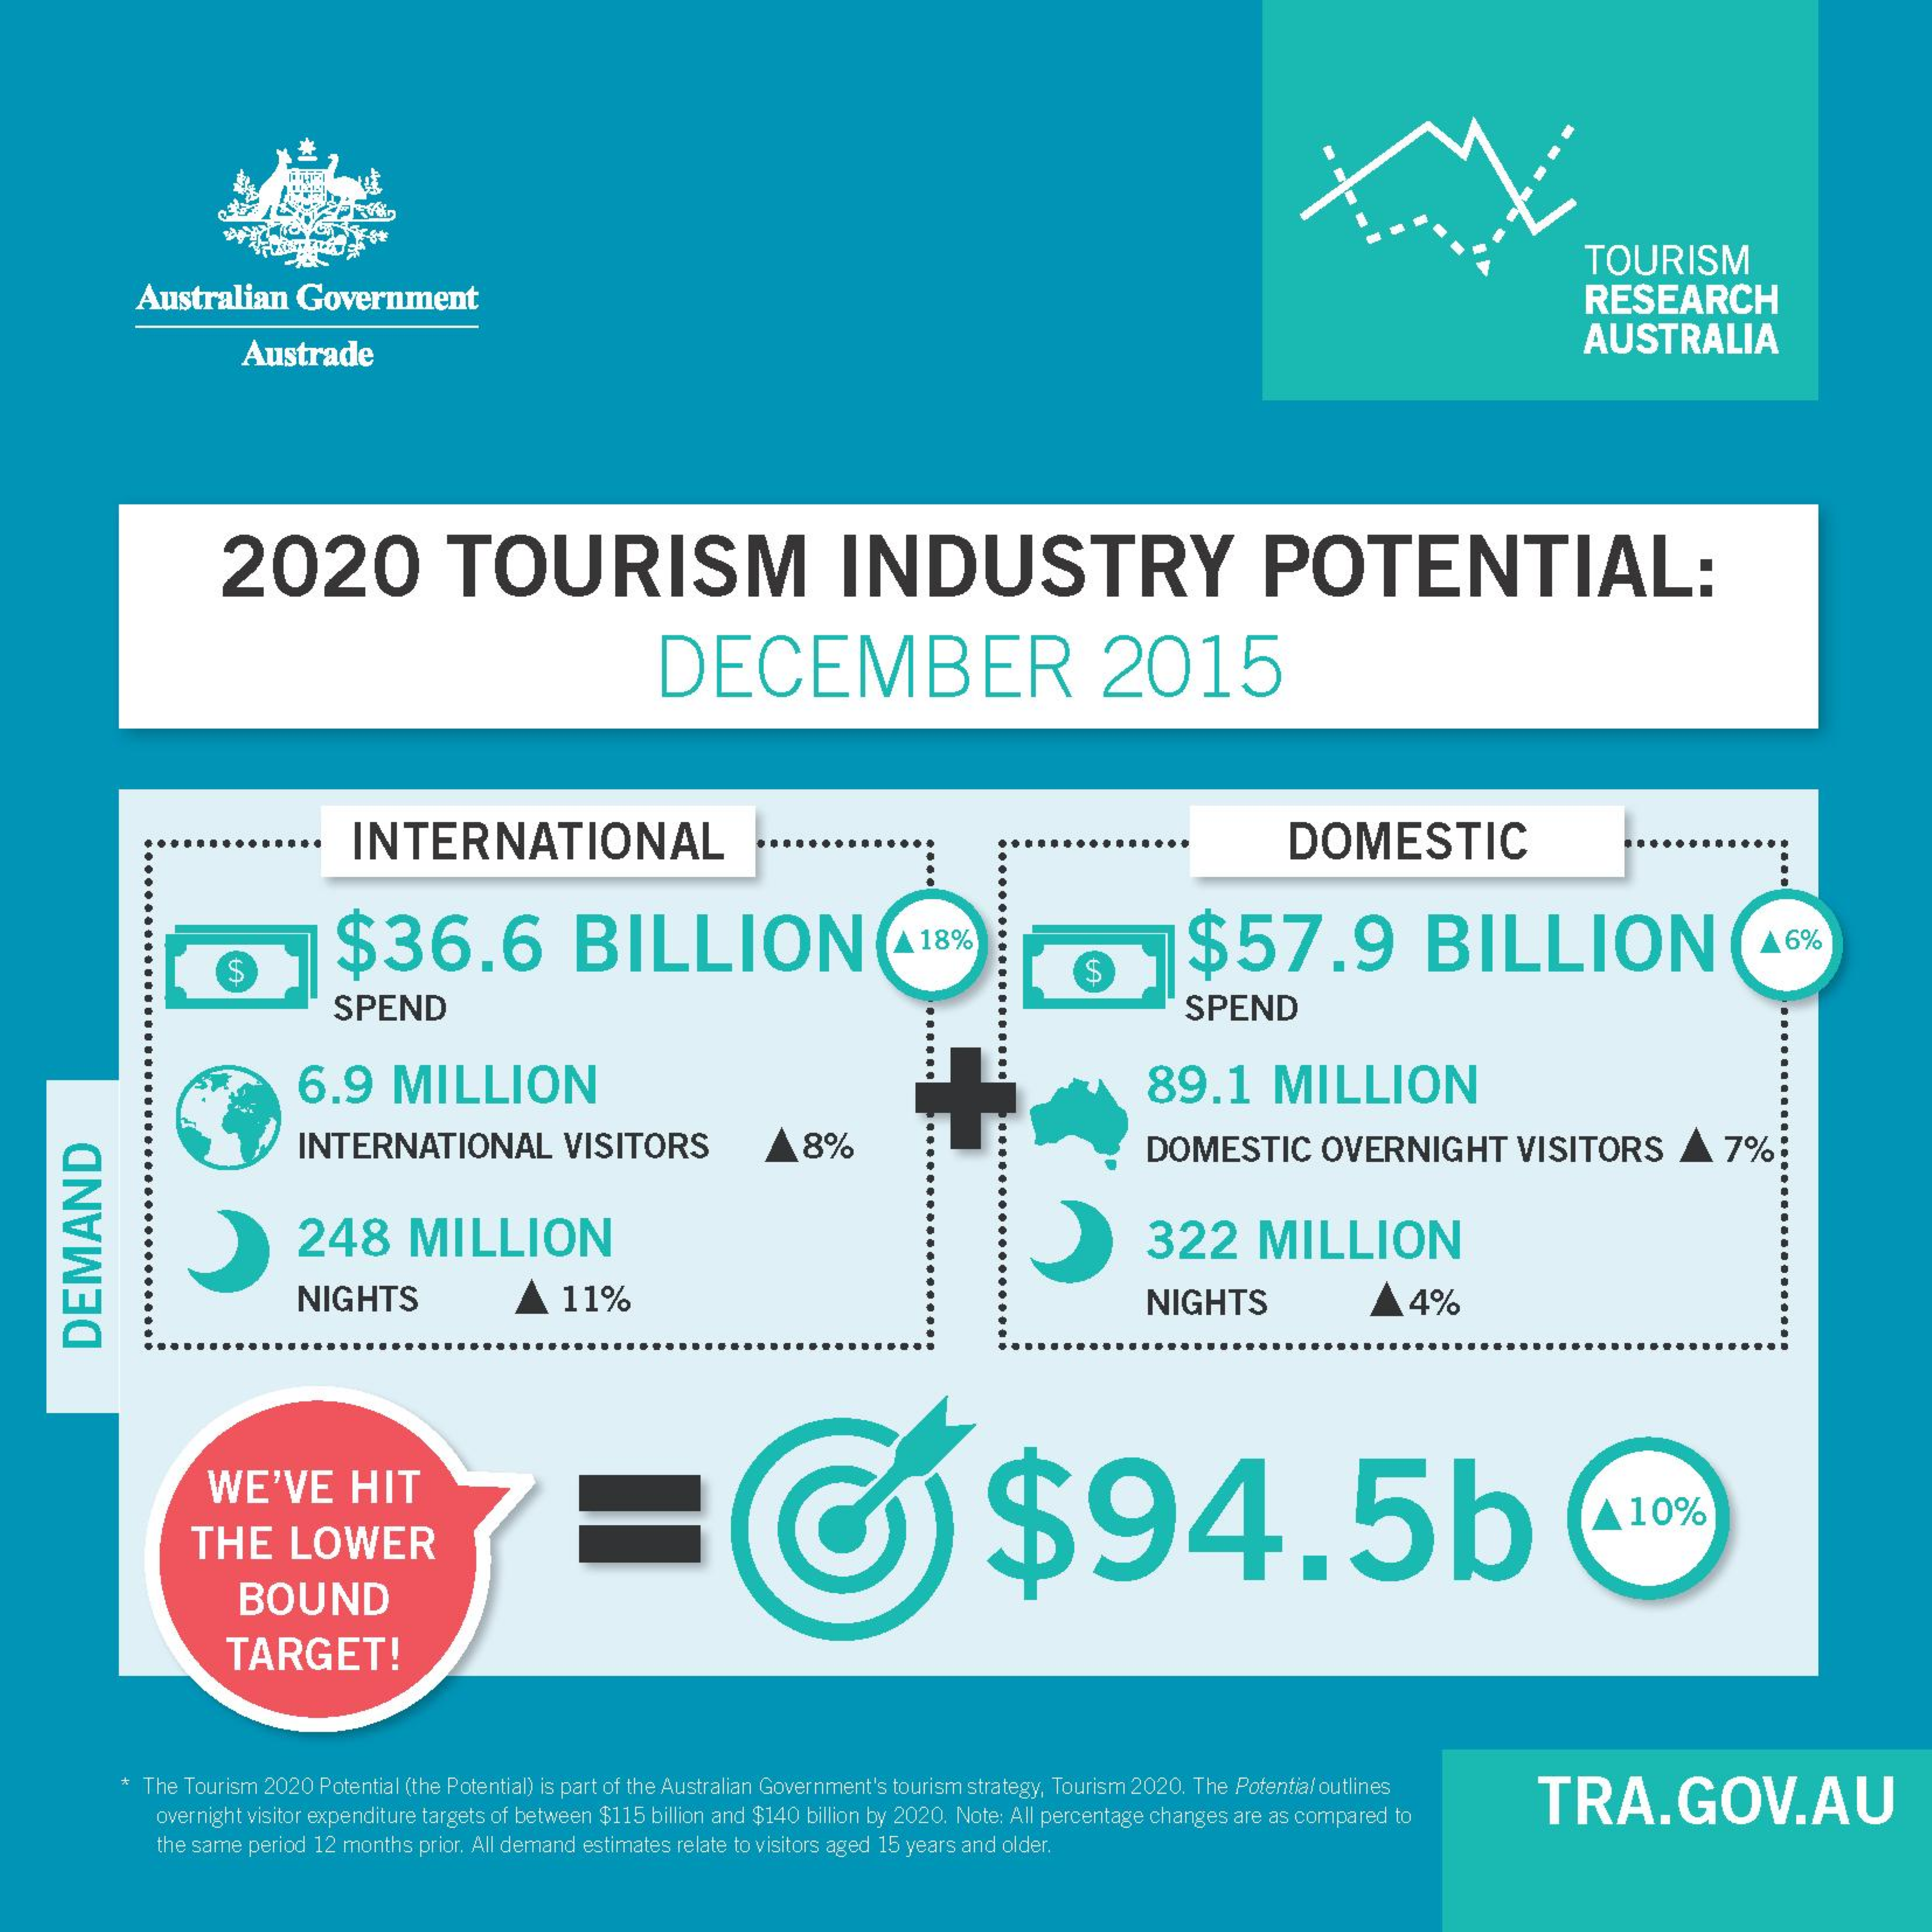
TOURISM
     Australian    Government    RESEARCH
     Austrade    AUSTRALIA
     2020    TOURISM    INDUSTRY    POTENTIAL:
     DECEMBER    2015
     INTERNATIONAL    DOMESTIC
     $36.6    BILLION    A 18%    $57.9    BILLION    46%
     S    $
     SPEND    SPEND
     6.9    MILLION    89.1    MILLION
     INTERNATIONAL    VISITORS    8%    DOMESTIC    OVERNIGHT    VISITORS    7%
     248    MILLION    322    MILLION
     NIGHTS    11%    NIGHTS    4%
     DEMAND
     WE'VE    HIT
     $94.5b THE LOWER
     10%
     BOUND
     TARGET!
     The Tourism 2020 Potential (the Potential) is part of the Australian Government's tourism strategy, Tourism 2020. The Potentialoutlines
     TRA.GOV.AU
     overnight visitor expenditure targets of between $115 billion and $140 billion by 2020. Note: All percentage changes are as compared to
     the same period 12 months prior. All demand estimates relate to visitors aged 15 years and older.